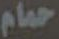
حمام